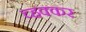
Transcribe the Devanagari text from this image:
च्हक्कर